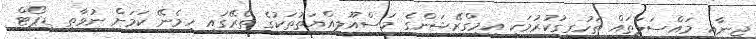
ޖިނާއީ މައްސަލަތައް ތަހުގީގުކުރުމަކީ އިމިގްރޭޝަންގެ މަސްއޫލިއްޔަތުތަކުގެ ތެރޭގައި ހިމެނޭ ކަމަށް ނުވާތީ ޑީޕޯޓް